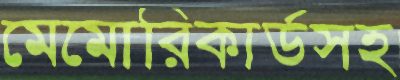
মেমোরিকার্ডসহ